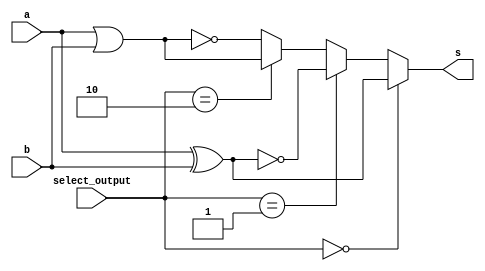
// -------------------------
// Guia 0704
// Nome: Arthur Martinho Medeiros Oliveira
// -------------------------
module Guia_0704 (
    output s, // Sada selecionvel
    input a,  // Entrada a
    input b,  // Entrada b
    input [1:0] select_output // Chave de seleo para sada (00 para XOR, 01 para XNOR, 10 para OR, 11 para NOR)
);

wire xor_output;
wire xnor_output;
wire or_output;
wire nor_output;

//operaes XOR e XNOR
xor XOR1 (xor_output, a, b);
xnor XNOR1 (xnor_output, a, b);

//operaes OR e NOR
or OR1 (or_output, a, b);
nor NOR1 (nor_output, a, b);

// Selecionar a sada com base na chave de seleo de sada
assign s = (select_output == 2'b00) ? xor_output :
             (select_output == 2'b01) ? xnor_output :
             (select_output == 2'b10) ? or_output : nor_output;

endmodule

module test_Guia_0704;

    reg a;
    reg b;
    reg [1:0] select_output;
    wire s;

    // Instanciar a unidade lgica (LU) para teste
    Guia_0704 myLU (
        .s(s),
        .a(a),
        .b(b),
        .select_output(select_output)
    );

    // Inicializao
    initial begin
        $display("Guia_0704 - Teste da Unidade Lgica");
        $display(" a b select_output s");

        // Teste 1: XOR selecionado (select_output = 00)
        a = 1'b0; b = 1'b1; select_output = 2'b00;
        #1 $monitor("%b %b %b %b", a, b, select_output, s);

        // Teste 2: XNOR selecionado (select_output = 01)
        a = 1'b1; b = 1'b1; select_output = 2'b01;
        #1 $monitor("%b %b %b %b", a, b, select_output, s);

        // Teste 3: OR selecionado (select_output = 10)
        a = 1'b0; b = 1'b0; select_output = 2'b10;
        #1 $monitor("%b %b %b %b", a, b, select_output, s);

        // Teste 4: NOR selecionado (select_output = 11)
        a = 1'b1; b = 1'b0; select_output = 2'b11;
        #1 $monitor("%b %b %b %b", a, b, select_output, s);

        $finish;
    end

endmodule